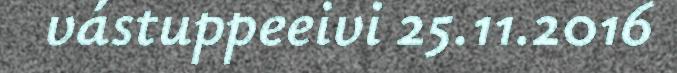
vástuppeeivi 25.11.2016